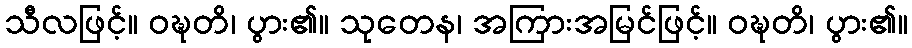
သီလဖြင့်။ ဝဍ္ဎတိ၊ ပွား၏။ သုတေန၊ အကြားအမြင်ဖြင့်။ ဝဍ္ဎတိ၊ ပွား၏။